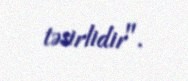
təsirlidir".